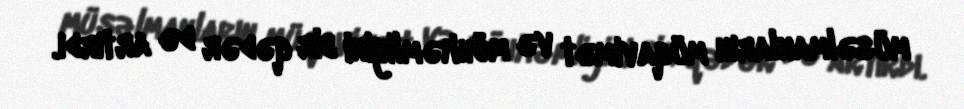
müsəlmanların müqavimət və möhkəmliyini bir qədər də artırdı.